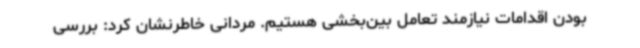
بودن اقدامات نیازمند تعامل بین‌بخشی هستیم. مردانی خاطرنشان کرد: بررسی